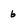
Character: 6